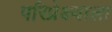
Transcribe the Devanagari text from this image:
परिप्रेक्ष्याला